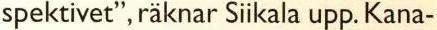
spektivet", räknar Siikala upp. Kana-